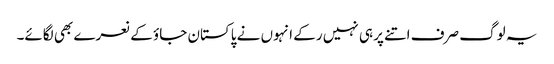
یہ لوگ صرف اتنے پر ہی نہیں رکے انہوں نے پاکستان جاؤ کے نعرے بھی لگائے۔